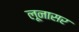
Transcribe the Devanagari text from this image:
लूनासर